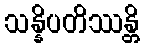
သန္နိပတိဿန္တိ